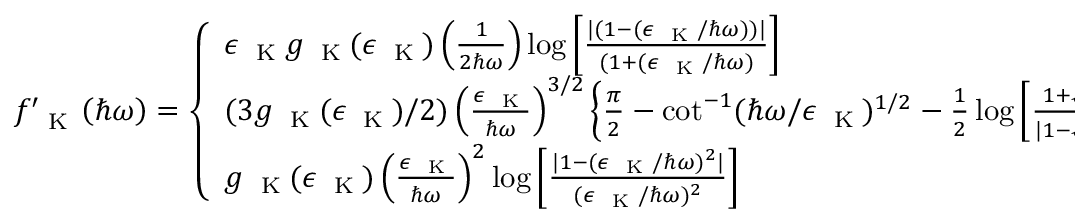
f _ { \mathrm { ~ \tiny ~ K ~ } } ^ { \prime } \left( \hbar \omega \right) = \left\{ \begin{array} { l l } { \epsilon _ { \mathrm { ~ \tiny ~ K ~ } } g _ { \mathrm { ~ \tiny ~ K ~ } } ( \epsilon _ { \mathrm { ~ \tiny ~ K ~ } } ) \left( \frac { 1 } { 2 \hbar \omega } \right) \log \left[ \frac { \vert ( 1 - ( \epsilon _ { \mathrm { ~ \tiny ~ K ~ } } / \hbar \omega ) ) \vert } { ( 1 + ( \epsilon _ { \mathrm { ~ \tiny ~ K ~ } } / \hbar \omega ) } \right] } & { \quad n = 2 } \\ { ( 3 g _ { \mathrm { ~ \tiny ~ K ~ } } ( \epsilon _ { \mathrm { ~ \tiny ~ K ~ } } ) / 2 ) \left( \frac { \epsilon _ { \mathrm { ~ \tiny ~ K ~ } } } { \hbar \omega } \right) ^ { 3 / 2 } \left\{ \frac { \pi } { 2 } - \cot ^ { - 1 } ( \hbar \omega / \epsilon _ { \mathrm { ~ \tiny ~ K ~ } } ) ^ { 1 / 2 } - \frac { 1 } { 2 } \log \left[ \frac { 1 + \sqrt { \epsilon _ { \mathrm { ~ \tiny ~ K ~ } } / \hbar \omega } } { \vert 1 - \sqrt { \epsilon _ { \mathrm { ~ \tiny ~ K ~ } } / \hbar \omega } \vert } \right] \right\} } & { \quad n = 2 . 5 , } \\ { g _ { \mathrm { ~ \tiny ~ K ~ } } ( \epsilon _ { \mathrm { ~ \tiny ~ K ~ } } ) \left( \frac { \epsilon _ { \mathrm { ~ \tiny ~ K ~ } } } { \hbar \omega } \right) ^ { 2 } \log \left[ \frac { \vert 1 - ( \epsilon _ { \mathrm { ~ \tiny ~ K ~ } } / \hbar \omega ) ^ { 2 } \vert } { ( \epsilon _ { \mathrm { ~ \tiny ~ K ~ } } / \hbar \omega ) ^ { 2 } } \right] } & { \quad n = 3 . } \end{array} \right.